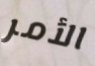
الأمر